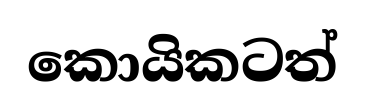
කොයිකටත්